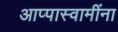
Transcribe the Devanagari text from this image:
आप्पास्‍वामींना